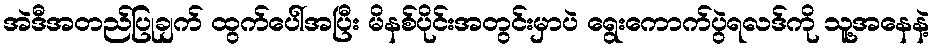
အဲဒီအတည်ပြုချက် ထွက်ပေါ်အပြီး မိနစ်ပိုင်းအတွင်းမှာပဲ ရွေးကောက်ပွဲရလဒ်ကို သူ့အနေနဲ့